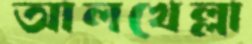
আলখেল্লা